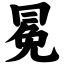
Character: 冕